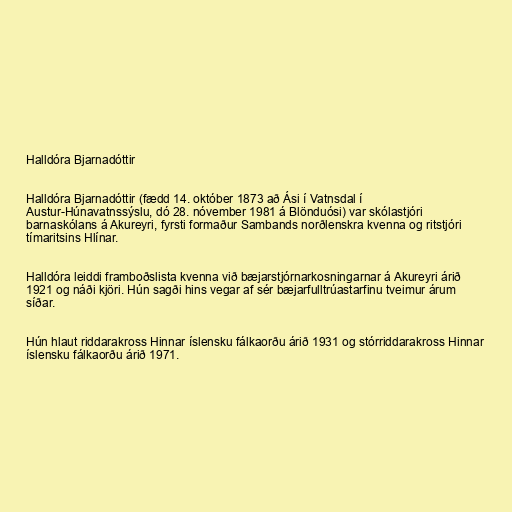
Halldóra Bjarnadóttir

Halldóra Bjarnadóttir (fædd 14. október 1873 að Ási í Vatnsdal í
Austur-Húnavatnssýslu, dó 28. nóvember 1981 á Blönduósi) var skólastjóri
barnaskólans á Akureyri, fyrsti formaður Sambands norðlenskra kvenna og ritstjóri
tímaritsins Hlínar.

Halldóra leiddi framboðslista kvenna við bæjarstjórnarkosningarnar á Akureyri árið
1921 og náði kjöri. Hún sagði hins vegar af sér bæjarfulltrúastarfinu tveimur árum
síðar.

Hún hlaut riddarakross Hinnar íslensku fálkaorðu árið 1931 og stórriddarakross Hinnar
íslensku fálkaorðu árið 1971.